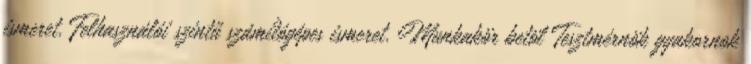
ismeret. Felhasználói szintű számítógépes ismeret. Munkakör betöl Tesztmérnök gyakornok